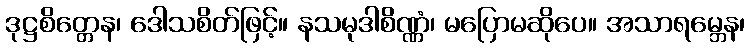
ဒုဋ္ဌစိတ္တေန၊ ဒေါသစိတ်ဖြင့်။ နသမုဒါစိဏ္ဏံ၊ မပြောမဆိုပေ။ အသာရမ္ဘေန၊